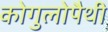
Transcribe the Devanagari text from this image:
कोगुलोपैथी